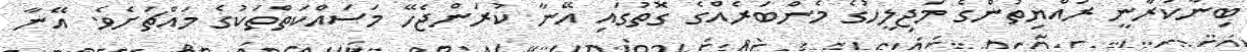
ބިނާކުރާނީ ރައްޔިތުންގެ މަޖިލީހުގެ މެންބަރެއްގެ ގޮތުގައި އޭނާ ކުރަންޖެހޭ މަސައްކަތްތަކުގެ މައްޗަށެވެ. އޭނާ